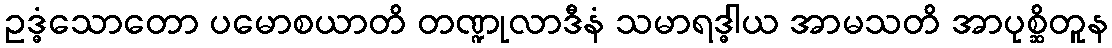
ဥဒ္ဓံသောတော ပမောစယာတိ တဏ္ဍုလာဒီနံ သမာရဒ္ဓါယ အာမသတိ အာပုစ္ဆိတူန